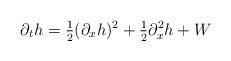
LaTeX: \begin{align*}\partial_t h = \tfrac{1}{2}(\partial_x h)^2 + \tfrac{1}{2}\partial_x^2h + W\end{align*}